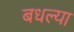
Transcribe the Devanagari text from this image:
बधल्या